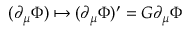
\ ( \partial _ { \mu } \Phi ) \mapsto ( \partial _ { \mu } \Phi ) ^ { \prime } = G \partial _ { \mu } \Phi